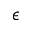
\epsilon